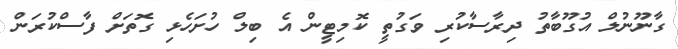
ގާނޫނުލް އުގޫބާތު ދިރާސާކުރި ވަގުތީ ކޮމިޓީން އެ ބިލް ހުށަހެޅި ގޮތަށް ފާސްކުރަން